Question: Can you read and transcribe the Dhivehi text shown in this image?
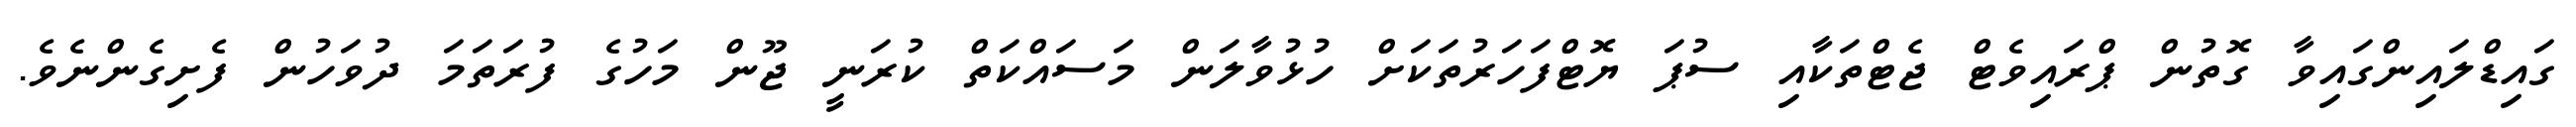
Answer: ގައިޑްލައިންގައިވާ ގޮތުން ޕްރައިވެޓް ޖެޓްތަކާއި ސުޕަ ޔޮޓްފަހަރުތަކަށް ހުޅުވާލަން މަސައްކަތް ކުރަނީ ޖޫން މަހުގެ ފުރަތަމަ ދުވަހުން ފެށިގެންނެވެ.